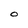
Character: O